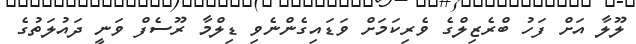
ލޫލާ އަށް ފަހު ބްރެޒިލްގެ ވެރިކަމަށް ވަޑައިގެންނެވި ޑިލްމާ ރޫސެފް ވަނީ ދައުލަތުގެ